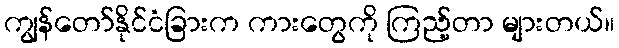
ကျွန်တော်နိုင်ငံခြားက ကားတွေကို ကြည့်တာ များတယ်။